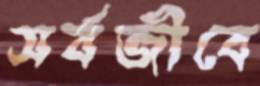
সর্বজীবে